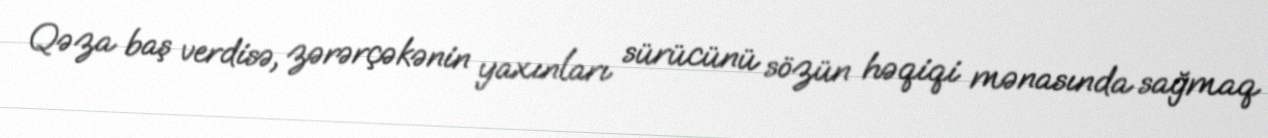
Qəza baş verdisə, zərərçəkənin yaxınları sürücünü sözün həqiqi mənasında sağmaq